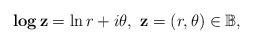
LaTeX: \begin{align*} \mathbf{log}\,\mathbf{z}=\ln r+i\theta ,\ \mathbf{z}=(r,\theta )\in \mathbb{B}, \end{align*}